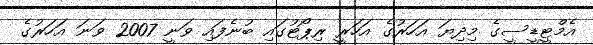
އެމްޓީޑީސީގެ މިދިޔަ އަހަރުގެ އަހަރީ ރިޕޯޓުގައި ބުނެފައި ވަނީ 2007 ވަނަ އަހަރުގެ